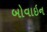
બોવાઇન